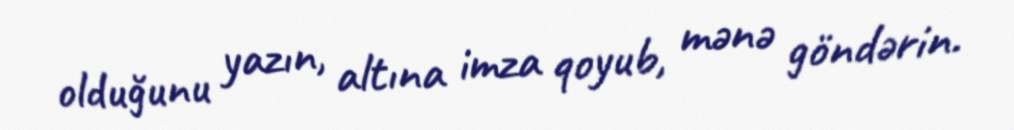
olduğunu yazın, altına imza qoyub, mənə göndərin.